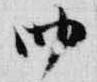
四